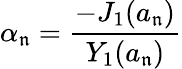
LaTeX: \alpha_{\mathfrak{n}}=\frac{{-J_{1}(a_{\mathfrak{n}})}}{{Y_{1}(a_{\mathfrak{n}})}}